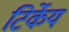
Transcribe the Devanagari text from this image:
टिर्केय